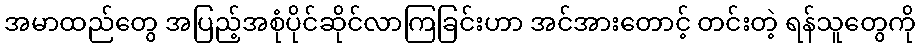
အမာထည်တွေ အပြည့်အစုံပိုင်ဆိုင်လာကြခြင်းဟာ အင်အားတောင့် တင်းတဲ့ ရန်သူတွေကို